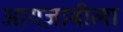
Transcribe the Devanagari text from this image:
आयज़ाबीला